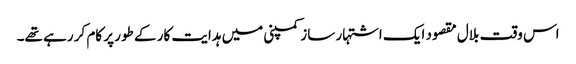
اس وقت بلال مقصود ایک اشتہار ساز کمپنی میں ہدایت کار کے طور پر کام کر رہے تھے۔